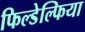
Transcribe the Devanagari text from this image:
फिल्डेल्फिया